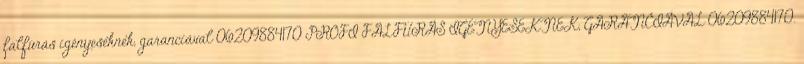
falfúrás igényeseknek, garanciával 06209884170 PROFI FALFÚRÁS IGÉNYESEKNEK, GARANCIÁVAL 06209884170.